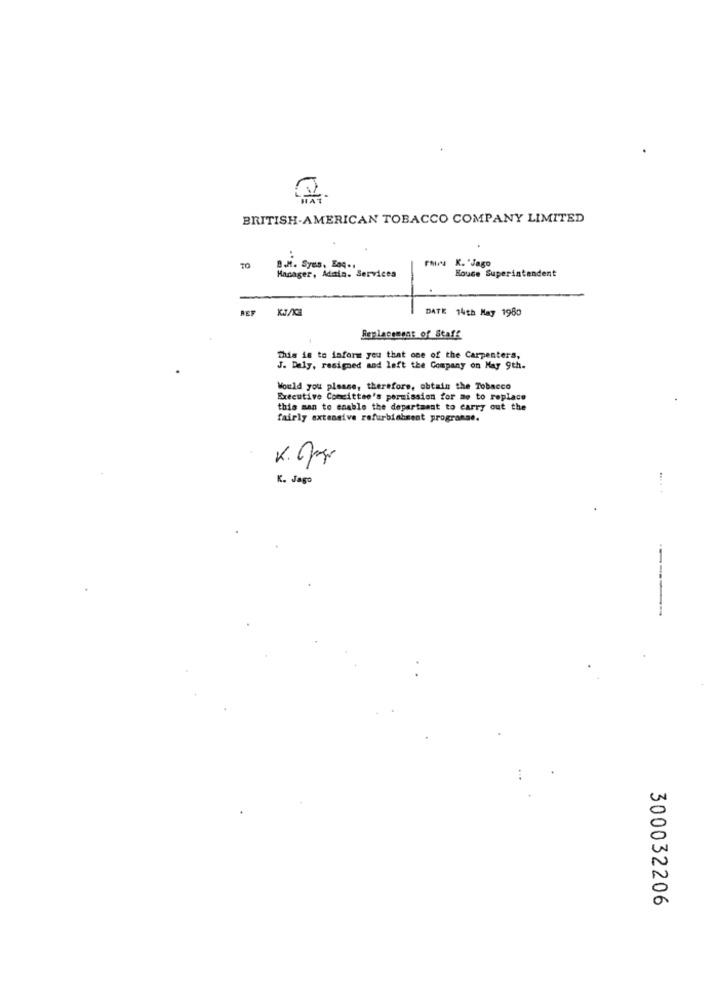
BRITISH-AMERICAN TOBACCO COMPANY LIMITED
FAI K. "Jago
B.M. Syus, Boq.1
Manager, Admin. Services
Souce Superintendent
REF
DATE 14th May 1980
Replacement of Staff
This is to inform you that one of the Carpenters,
J. Daly, resigned and left the Company on May 9th.
Would you please, therefore, obtain the Tobacco
Executive Comcittse's permission for me to replace
this man to enable the departaant to carry out the
fairly extensive refurbiabsent programae.
K. Opp
K. Jago
.... +
----
300032206